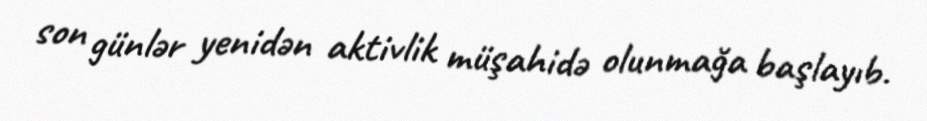
son günlər yenidən aktivlik müşahidə olunmağa başlayıb.